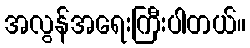
အလွန်အရေးကြီးပါတယ်။